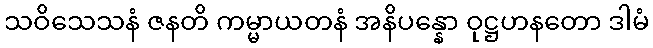
သဝိသေသနံ ဇနတိ ကမ္မာယတနံ အနိပန္နော ဝုဋ္ဌဟနတော ဒါမံ